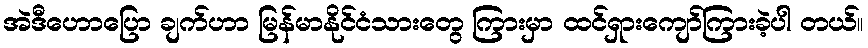
အဲဒီဟောပြော ချက်ဟာ မြန်မာနိုင်ငံသားတွေ ကြားမှာ ထင်ရှားကျော်ကြားခဲ့ပါ တယ်။